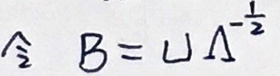
令\(B = U A ^ { - \frac { 1 } { 2 } }\)